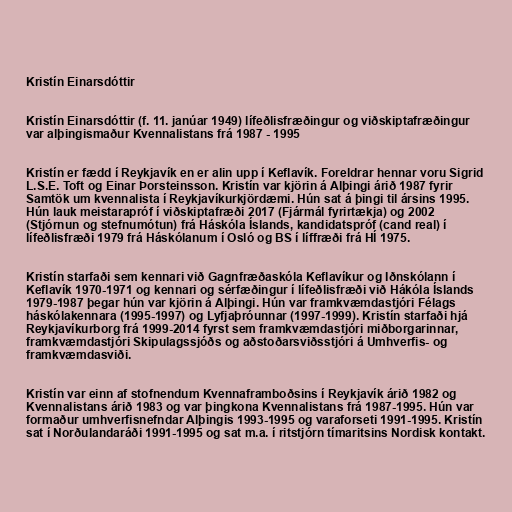
Kristín Einarsdóttir

Kristín Einarsdóttir (f. 11. janúar 1949) lífeðlisfræðingur og viðskiptafræðingur
var alþingismaður Kvennalistans frá 1987 - 1995

Kristín er fædd í Reykjavík en er alin upp í Keflavík. Foreldrar hennar voru Sigrid
L.S.E. Toft og Einar Þorsteinsson. Kristín var kjörin á Alþingi árið 1987 fyrir
Samtök um kvennalista í Reykjavíkurkjördæmi. Hún sat á þingi til ársins 1995.
Hún lauk meistarapróf í viðskiptafræði 2017 (Fjármál fyrirtækja) og 2002
(Stjórnun og stefnumótun) frá Háskóla Íslands, kandidatspróf (cand real) í
lífeðlisfræði 1979 frá Háskólanum í Osló og BS í líffræði frá HÍ 1975.

Kristín starfaði sem kennari við Gagnfræðaskóla Keflavíkur og Iðnskólann í
Keflavík 1970-1971 og kennari og sérfæðingur í lífeðlisfræði við Hákóla Íslands
1979-1987 þegar hún var kjörin á Alþingi. Hún var framkvæmdastjóri Félags
háskólakennara (1995-1997) og Lyfjaþróunnar (1997-1999). Kristín starfaði hjá
Reykjavíkurborg frá 1999-2014 fyrst sem framkvæmdastjóri miðborgarinnar,
framkvæmdastjóri Skipulagssjóðs og aðstoðarsviðsstjóri á Umhverfis- og
framkvæmdasviði.

Kristín var einn af stofnendum Kvennaframboðsins í Reykjavík árið 1982 og
Kvennalistans árið 1983 og var þingkona Kvennalistans frá 1987-1995. Hún var
formaður umhverfisnefndar Alþingis 1993-1995 og varaforseti 1991-1995. Kristín
sat í Norðulandaráði 1991-1995 og sat m.a. í ritstjórn tímaritsins Nordisk kontakt.